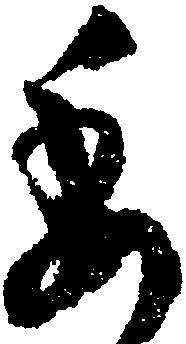
委